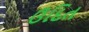
ઉદિત